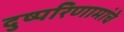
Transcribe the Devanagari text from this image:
दुष्परिणामांचे